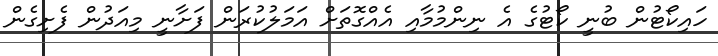
ހައިކޯޓުން ބުނީ ކޯޓުގެ އެ ނިންމުމާއި އެއްގޮތަށް އަމަލުކުރަން ފަށާނީ މިއަދުން ފެށިގެން